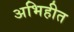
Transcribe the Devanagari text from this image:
अभिहीत